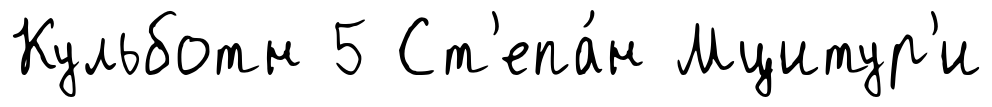
Кульботн 5 Ст'епа́н Мцитур'и